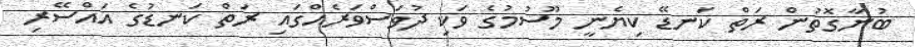
ބުނާގޮތުން ރަތް ކަނޑޭ ކިޔެނީ މޫސުމުގެ ވަކި ދުވަސްވަރެއްގައި ރަތް ކަނޑުގެ އައްސޭރި